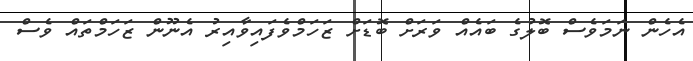
އެހެން ނަމަވެސް ބޮލުގެ ބައެއް ވަރަށް ބޮޑަށް ޒަހަމްވެފައިވާއިރު އެނޫން ޒަހަމްތައް ވެސް